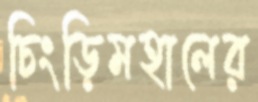
চিংড়িমহালের